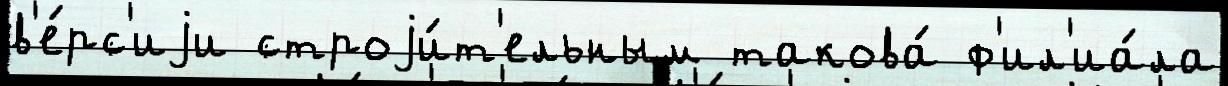
в'е́рс'иjи строjи́т'ельным такова́ ф'ил'иа́ла